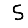
Digit: 5